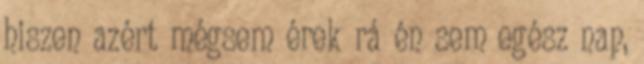
hiszen azért mégsem érek rá én sem egész nap,